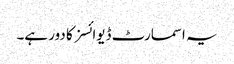
یہ اسمارٹ ڈیوائسز کا دور ہے۔